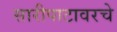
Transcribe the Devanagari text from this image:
सारीपाटावरचे